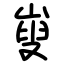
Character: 㟬